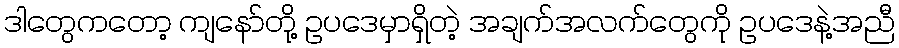
ဒါတွေကတော့ ကျနော်တို့ ဥပဒေမှာရှိတဲ့ အချက်အလက်တွေကို ဥပဒေနဲ့အညီ